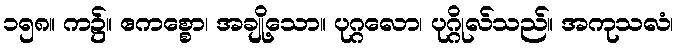
၁၅၈။ က၌။ ဧကစ္စော၊ အချို့သော။ ပုဂ္ဂလော၊ ပုဂ္ဂိုလ်သည်။ အကုသလံ၊